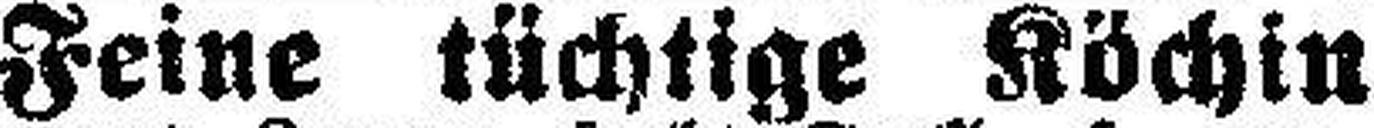
Feine tüchtige Köchin